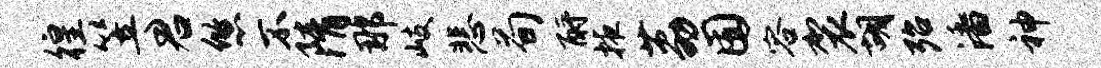
徨笠君悠不隋那岐悲荀酹掖荔囿容袈胡殆潘神